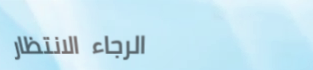
الرجاء الانتظار